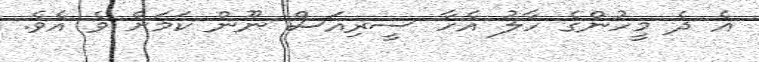
އެ ދެ މީހުންގެ ހާލު އެހާ ސީރިއަސް ނޫން ކަމަށް ވެ އެވެ.